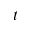
t